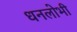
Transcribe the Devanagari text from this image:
धनलोभी